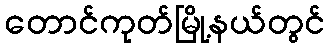
တောင်ကုတ်မြို့နယ်တွင်